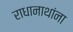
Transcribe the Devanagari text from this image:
राधानाथांना